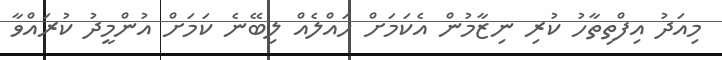
މިއަދު އިފްތިތާހު ކުރި ނިޒާމުން އެކަމަށް ހައްލެއް ލިބޭނެ ކަމަށް އުންމީދު ކުރައްވާ